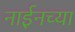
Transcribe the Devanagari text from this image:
नाईनच्या